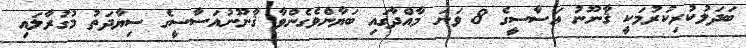
ބަދަލުކުރިކުރުމަކީ ޤާނޫނު އަސާސީގެ 8 ވަނަ މާއްދާގައި ބަޔާންވެގެންވާ ޤާނޫނުއަސާސީގެ ސިޔާދަތު މުގުރާލައި